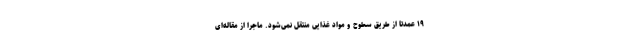
۱۹ عمدتا از طریق سطوح و مواد غذایی منتقل نمی‌شود. ماجرا از مقاله‌ای